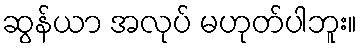
ဆွန်ယာ အလုပ် မဟုတ်ပါဘူး။